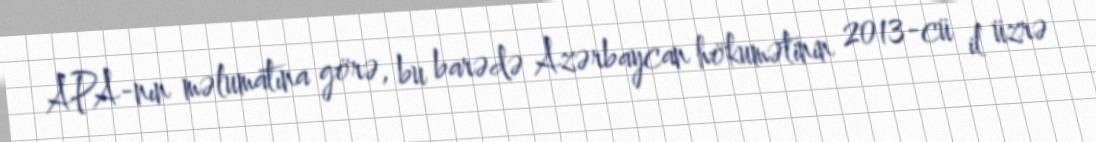
APA-nın məlumatına görə, bu barədə Azərbaycan hökumətinin 2013-cü il üzrə